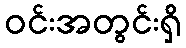
ဝင်းအတွင်းရှိ